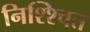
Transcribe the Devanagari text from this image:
निश्श्चित